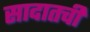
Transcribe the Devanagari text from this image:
सादातची